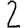
Digit: 2